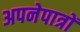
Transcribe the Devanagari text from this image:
अपनेपात्रों